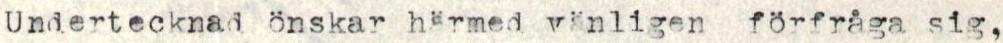
Undertecknad önskar härmed vänligen förfråga sig,